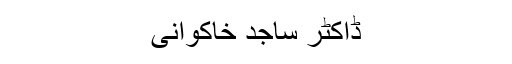
ڈاکٹر ساجد خاکوانی